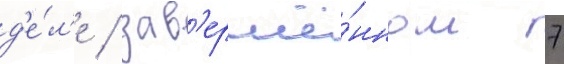
д'е́л'е / зав'ершё́нном 7